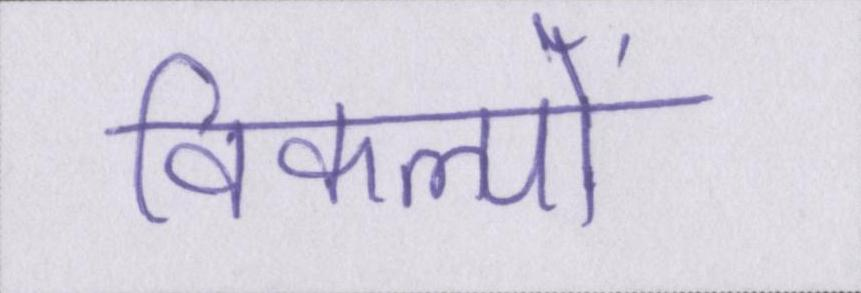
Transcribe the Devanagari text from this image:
विकल्पों